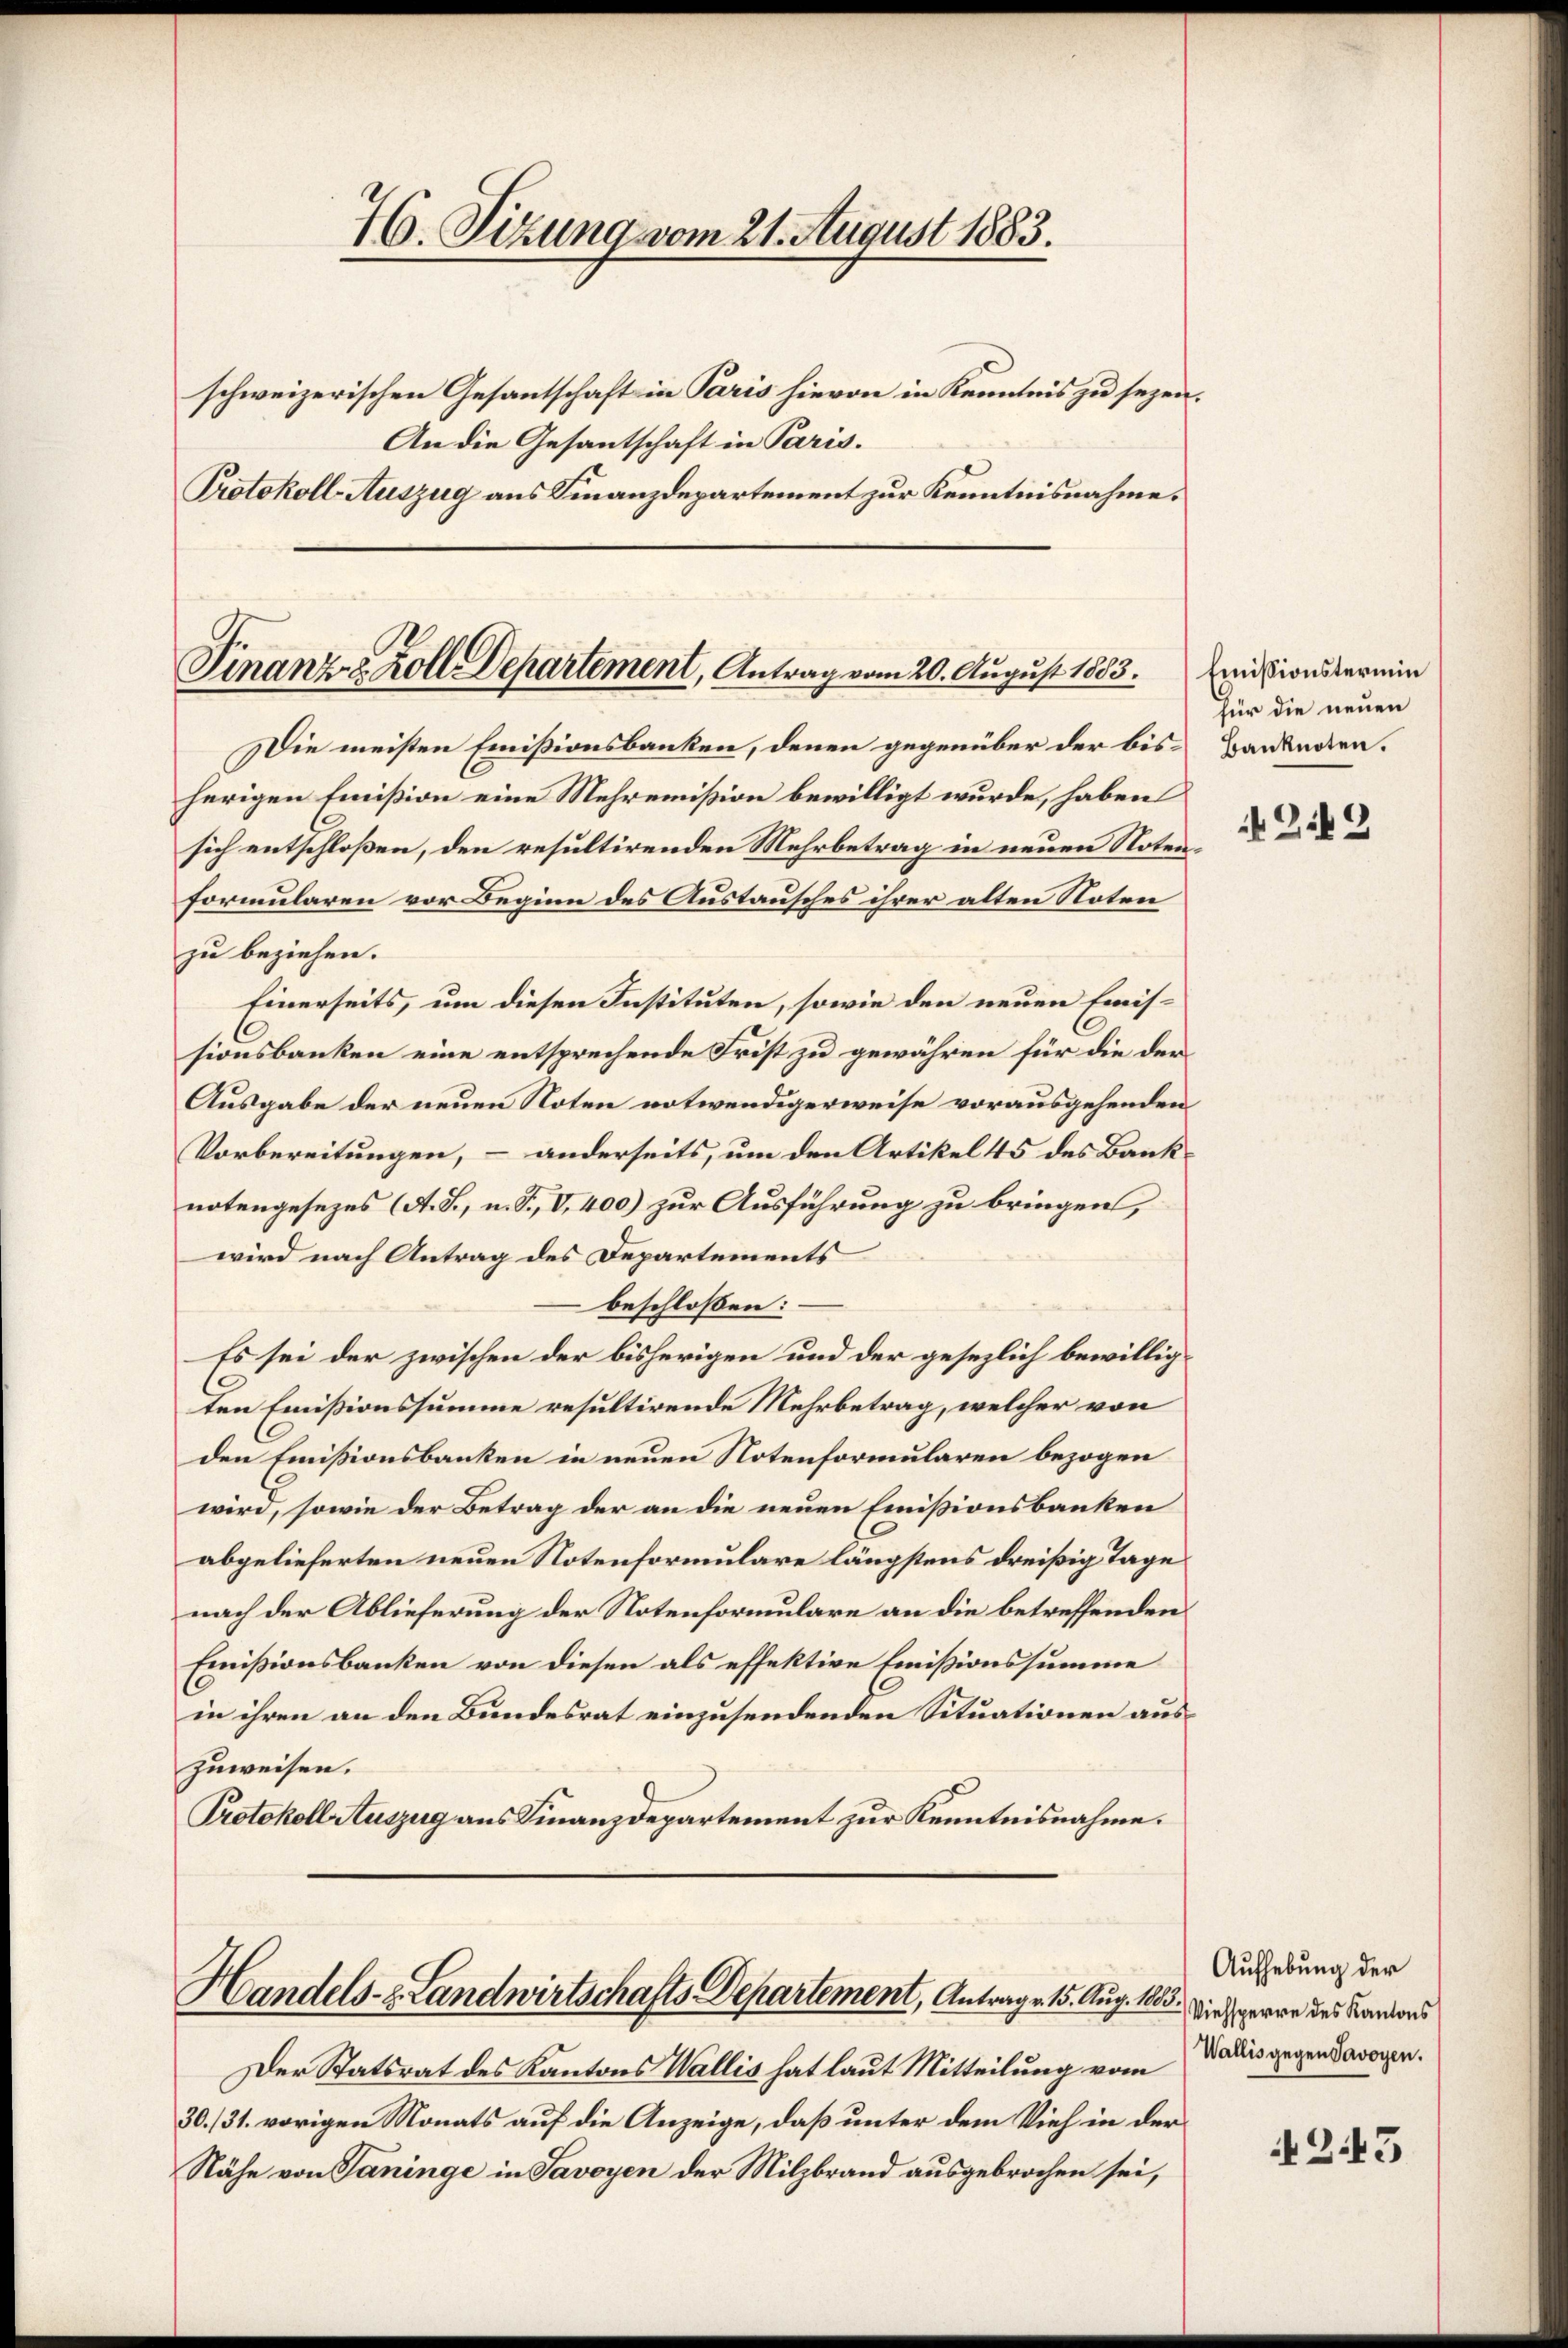
46. Sizung vom 21. August 1883.
schweizerischen Gesantschaft in Paris hievon in Kenntnis zu seyen.
An die Gesantschaft in Paris.
Protokoll-Auszug aus Finanzdepartement zur Kenntnisnahme.

Finanze Zoll Departement, Antrag vom 20. August 1883.

Die meisten Emmißionsbanken, denen gegenüber der bisherigen Immißion eine Mehremission bewilligt wurde, haben
sich entschloßen, den resultirenden Mehrbetrag in neuen Notenformularen vor Beginn des Austausches ihrer alten Noten
zu beziehen.
Einerseits, um diesen Instituten, sowie den neuen Emissionsbanken eine entsprechende Frist zu gewähren für die der
Ausgabe der neuen Noten notwendigerweise vorausgehenden
Vorbereitungen, – anderseits, um den Artikel 45 des Bank-
notengesezes (A. S., n. F., V. 400) zur Ausführung zu bringen,
wird nach Antrag des Departements
beschlossen:
Es sei der zwischen der bisherigen und der gesezlich bewilligten Emisionssumme resultirende Mehrbetrag, welcher von
den Immißionsbanken in neuen Notenformularen bezogen
wird, sowie der Betrag der an die neuen Emissionsbanken
abgelieferten neuen Notenformulare längstens dreißig Tage
nach der Ablieferung der Notenformulare an die betreffenden
Emißionsbanken von diesen als effektive Emissionssumme
in ihren an den Bundesrat einzusendenden Situationen auszuweisen.
Protokoll Auszug aus Finanzdepartement zur Kenntnisnahme.

Handels- Landwirtschafts Departement, Antrage 15. Aug. 1800. Dies paren des Kantons

Der Statsrat des Kantons Wallis hat laut Mitteilung vom
30./31. vorigen Monats auf die Anzeige, daß unter dem Vieh in der
Nähe von Janinge in Savoyen der Milzbrand ausgebrochen sei,

Emissionstermin
für die neuen
Banknoten.

N 22

Aufhebung der
Wallis gegen Savoyen.

243